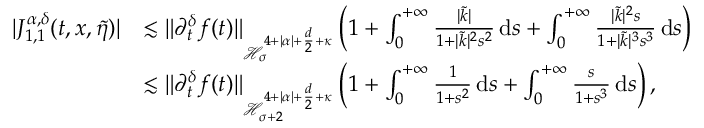
\begin{array} { r l } { \vert J _ { 1 , 1 } ^ { \alpha , \delta } ( t , x , \widetilde { \eta } ) \vert } & { \lesssim \Vert \partial _ { t } ^ { \delta } f ( t ) \Vert _ { \mathcal { H } _ { \sigma } ^ { 4 + \vert \alpha \vert + \frac { d } { 2 } + \kappa } } \left( 1 + \int _ { 0 } ^ { + \infty } \frac { \vert \widetilde { k } \vert } { 1 + \vert \widetilde { k } \vert ^ { 2 } s ^ { 2 } } \, \mathrm { d } s + \int _ { 0 } ^ { + \infty } \frac { \vert \widetilde { k } \vert ^ { 2 } s } { 1 + \vert \widetilde { k } \vert ^ { 3 } s ^ { 3 } } \, \mathrm { d } s \right) } \\ & { \lesssim \Vert \partial _ { t } ^ { \delta } f ( t ) \Vert _ { \mathcal { H } _ { \sigma + 2 } ^ { 4 + \vert \alpha \vert + \frac { d } { 2 } + \kappa } } \left( 1 + \int _ { 0 } ^ { + \infty } \frac { 1 } { 1 + s ^ { 2 } } \, \mathrm { d } s + \int _ { 0 } ^ { + \infty } \frac { s } { 1 + s ^ { 3 } } \, \mathrm { d } s \right) , } \end{array}